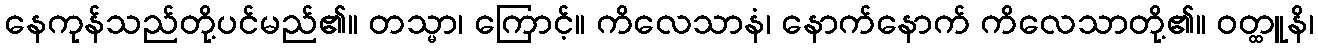
နေကုန်သည်တို့ပင်မည်၏။ တသ္မာ၊ ကြောင့်။ ကိလေသာနံ၊ နောက်နောက် ကိလေသာတို့၏။ ဝတ္ထူနိ၊